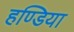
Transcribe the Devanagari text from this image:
हण्डिया